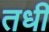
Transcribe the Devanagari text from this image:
तधी